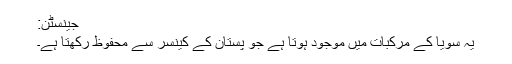
جینسٹن:
یہ سویا کے مرکبات میں موجود ہوتا ہے جو پستان کے کینسر سے محفوظ رکھتا ہے۔